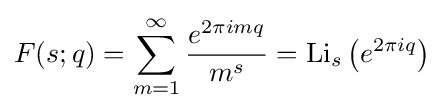
F(s;q)=\sum _{m=1}^{\infty }{\frac {e^{2\pi imq}}{m^{s}}}=\operatorname {Li} _{s}\left(e^{2\pi iq}\right)